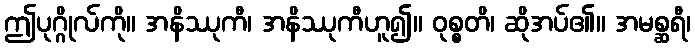
ဤပုဂ္ဂိုလ်ကို။ အနိဿုကီ၊ အနိဿုကီဟူ၍။ ဝုစ္စတိ၊ ဆိုအပ်၏။ အမစ္ဆရီ၊